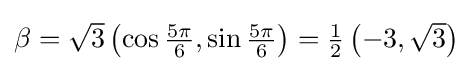
{\textstyle \beta ={\sqrt {3}}\left(\cos {\frac {5\pi }{6}},\sin {\frac {5\pi }{6}}\right)={\frac {1}{2}}\left(-3,{\sqrt {3}}\right)}